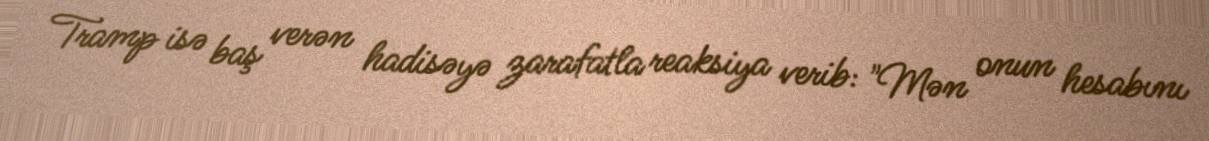
Tramp isə baş verən hadisəyə zarafatla reaksiya verib: "Mən onun hesabını